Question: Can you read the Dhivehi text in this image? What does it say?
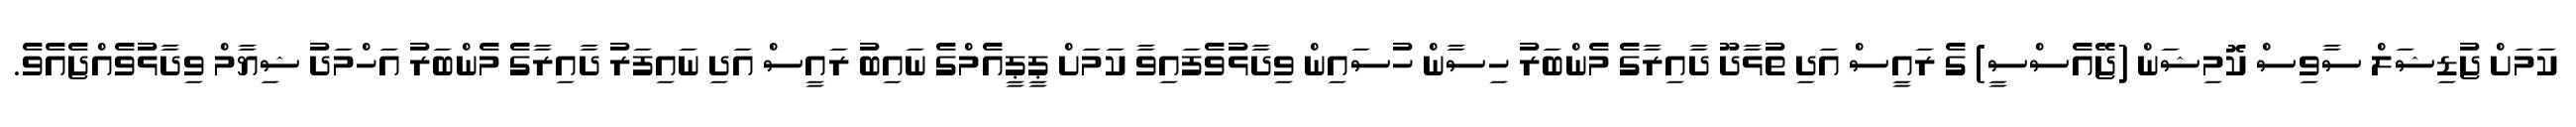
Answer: ކަމަށް ޖުޑިޝަލް ސާވިސް ކޮމިޝަން (ޖޭއެސްސީ) ގެ ރައީސް އަދި ތުޅާދޫ ދާއިރާގެ މެންބަރު ހިސާން ހުސައިން ވިދާޅުވެފައިވާ ކަމަށް ޕީޕީއެމްގެ ނައިބު ރައީސް އަދި ނައިފަރު ދާއިރާގެ މެންބަރު އަހްމަދު ޝިޔާމް ވިދާޅުވެއްޖެއެވެ.